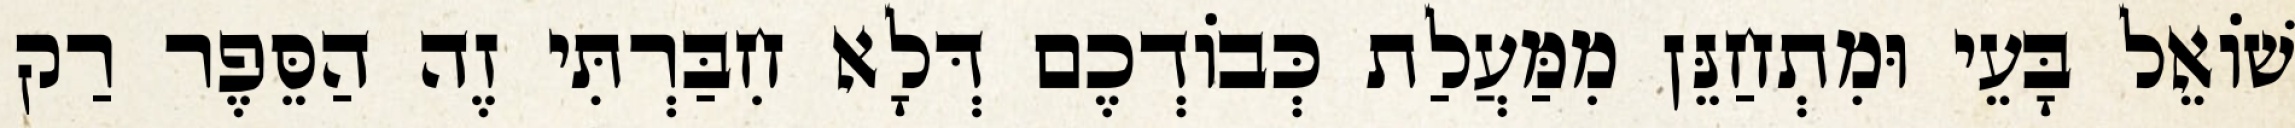
שׁוֹאֵל בָּעֵי וּמִתְחַנֵּן מִמַּעֲלַת כְּבוֹדְכֶם דְּלָא חִבַּרְתִּי זֶה הַסֵּפֶר רַק